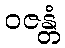
ဝဇန္တံ